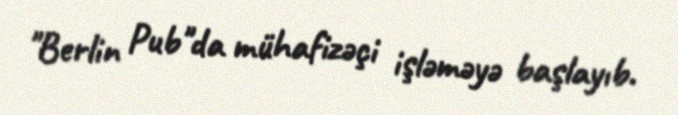
"Berlin Pub"da mühafizəçi işləməyə başlayıb.